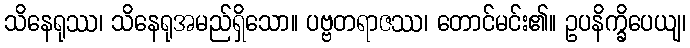
သိနေရုဿ၊ သိနေရုအမည်ရှိသော။ ပဗ္ဗတရာဇဿ၊ တောင်မင်း၏။ ဥပနိက္ခိပေယျ၊